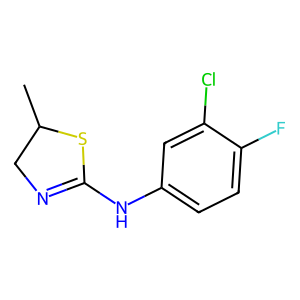
SMILES: CC1CN=C(Nc2ccc(F)c(Cl)c2)S1
Inhibits HIV replication: No